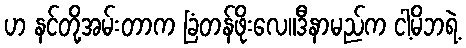
ဟ နင်တို့အမ်းတာက ခြံတန်ဖိုးလေ။ဒီနာမည်က ငါ့မိဘရဲ့